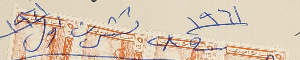
١٩٦١ فى ٢٨ تشرين اول ١٩٦١